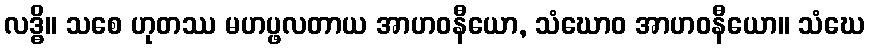
လဒ္ဓိ။ သစေ ဟုတဿ မဟပ္ဖလတာယ အာဟဝနီယော, သံဃောဝ အာဟဝနီယော။ သံဃေ